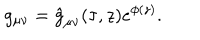
g _ { \mu \nu } = \hat { g } _ { \mu \nu } ( \tau , z ) e ^ { \phi ( z ) } .